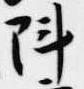
陣